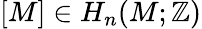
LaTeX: [M]\in H_{n}(M;\mathbb{Z})